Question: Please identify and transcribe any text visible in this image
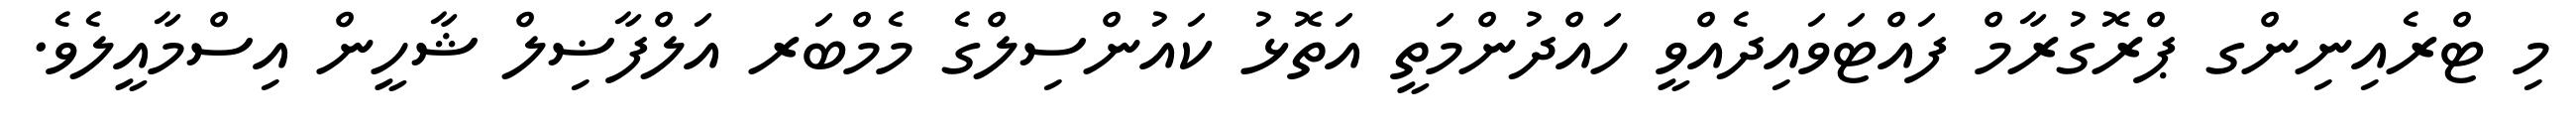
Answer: މި ޓްރެއިނިންގ ޕްރޮގުރާމް ފައްޓަވައިދެއްވީ ހައްދުންމަތީ އަތޮޅު ކައުންސިލްގެ މެމްބަރ އަލްފާޟިލް ޝާހީން އިސްމާއީލެވެ.